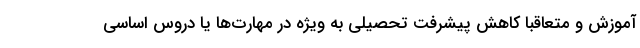
آموزش و متعاقباً کاهش پیشرفت تحصیلی به ویژه در مهارت‌ها یا دروس اساسی